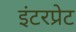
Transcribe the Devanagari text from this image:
इंटरप्रेट